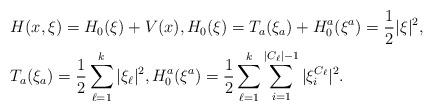
LaTeX: \begin{align*}\begin{aligned}&H(x,\xi)=H_0(\xi)+V(x),H_0(\xi)=T_a(\xi_a)+H_0^a(\xi^a)=\frac{1}{2}|\xi|^2,\\&T_a(\xi_a)=\frac{1}{2}\sum_{\ell=1}^k|\xi_\ell|^2,H_0^a(\xi^a)=\frac{1}{2}\sum_{\ell=1}^k\sum_{i=1}^{|C_\ell|-1}|\xi_i^{C_\ell}|^2.\end{aligned}\end{align*}